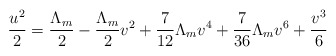
\begin{align*}{u^2 \over 2}={\Lambda_m \over 2}-{\Lambda_m \over 2}v^2+{7 \over 12}\Lambda_m v^4+{7 \over 36}\Lambda_m v^6+{v^3 \over 6}\end{align*}